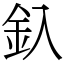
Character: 釞